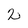
Character: 2